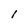
Character: I